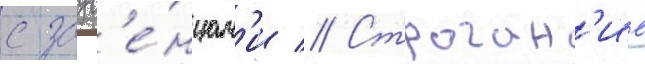
с заус'е́нцам'и // Строган'ие